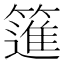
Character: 𥳟